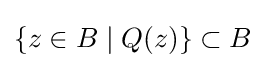
\{z\in B\mid Q(z)\}\subset B